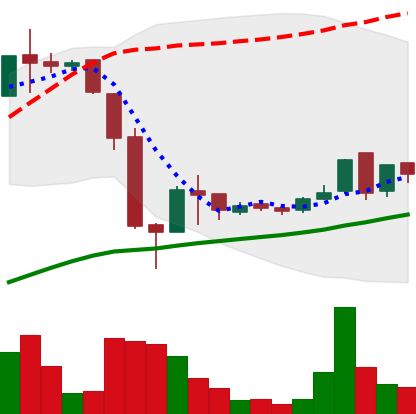
Ticker: LTC-USD
Chart end date: 2016-07-05
Forward return: -7.916%
Label: down_7plus